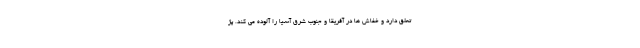
تعلق دارد و خفاش ها در آفریقا و جنوب شرق آسیا را آلوده می کند. پژ